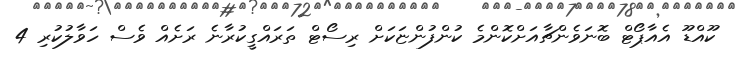
ކޫއްޑޫ އެއާޕޯޓް ބޮނަވެންޗާއަށްކޮންމެ ކުންފުންޏަކަށް ރިސޯޓް ތަރައްގީކުރާނެ ރަށެއް ވެސް ހަވާލުކުރި 4